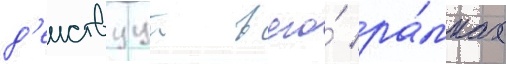
д'еиствуут в его́ ра́мках